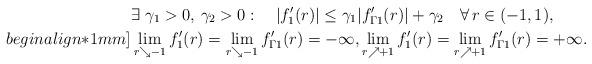
LaTeX: \begin{align*}&\exists \ \gamma_1>0,\,\gamma_2>0: \quad|f_1'(r)|\le \gamma_1|f_{\Gamma 1}'(r)|+\gamma_2 \quad\forall\,r\in (-1,1),\\begin{align*}1mm]&\lim_{r\searrow -1} f_1'(r)=\lim_{r\searrow -1} f_{\Gamma 1}'(r)=-\infty, \lim_{r\nearrow +1} f_1'(r)=\lim_{r\nearrow +1} f_{\Gamma 1}'(r)=+\infty. \end{align*}